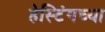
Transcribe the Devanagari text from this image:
हेस्टिंगच्या